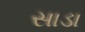
સાડા